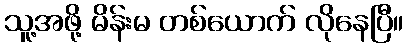
သူ့အဖို့ မိန်းမ တစ်ယောက် လိုနေပြီ။